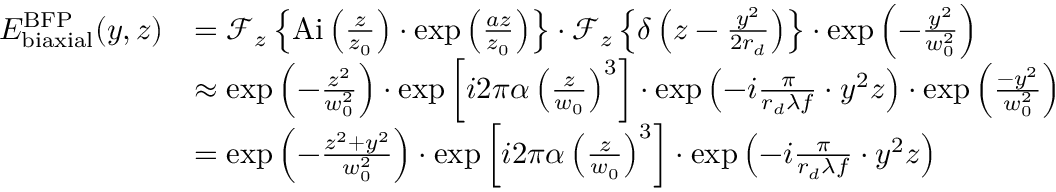
\begin{array} { r l } { E _ { \mathrm { b i a x i a l } } ^ { \mathrm { B F P } } ( y , z ) } & { = \ensuremath { \mathcal { F } } _ { z } \left\{ \ensuremath { \mathrm { A i } } \left( \frac { z } { z _ { 0 } } \right) \cdot \exp \left( \frac { a z } { z _ { 0 } } \right) \right\} \cdot \ensuremath { \mathcal { F } } _ { z } \left\{ \delta \left( z - \frac { y ^ { 2 } } { 2 r _ { d } } \right) \right\} \cdot \exp \left( - \frac { y ^ { 2 } } { w _ { 0 } ^ { 2 } } \right) } \\ & { \approx \exp \left( - \frac { z ^ { 2 } } { w _ { 0 } ^ { 2 } } \right) \cdot \exp \left[ i 2 \pi \alpha \left( \frac { z } { w _ { 0 } } \right) ^ { 3 } \right] \cdot \exp \left( - i \frac { \pi } { r _ { d } \lambda f } \cdot y ^ { 2 } z \right) \cdot \exp \left( \frac { - y ^ { 2 } } { w _ { 0 } ^ { 2 } } \right) } \\ & { = \exp \left( - \frac { z ^ { 2 } + y ^ { 2 } } { w _ { 0 } ^ { 2 } } \right) \cdot \exp \left[ i 2 \pi \alpha \left( \frac { z } { w _ { 0 } } \right) ^ { 3 } \right] \cdot \exp \left( - i \frac { \pi } { r _ { d } \lambda f } \cdot y ^ { 2 } z \right) } \end{array}